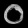
Digit: ၀